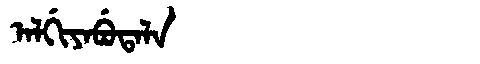
Manchu: ᠠᠯᡤᡳᠶᠠᠪᡠᡨᠠᠯᠠ
Romanization: ALGIYABUTALA